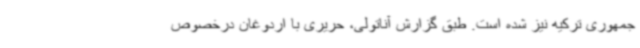
جمهوری ترکیه نیز شده است. طبق گزارش آناتولی، حریری با اردوغان درخصوص